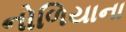
નોળિયાના